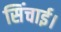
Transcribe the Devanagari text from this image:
सिंचाई।